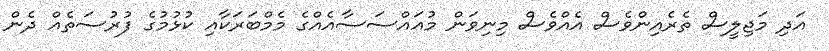
އަދި މަޖިލީސް ތެރެއިންވެސް އެއްވެސް މިނިވަން މުއައްސަސާއެއްގެ މެމްބަރަކާއި ކުޅުމުގެ ފުރުސަތެއް ދެން